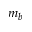
m _ { b }